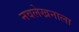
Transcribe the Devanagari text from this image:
नवलेखनाला